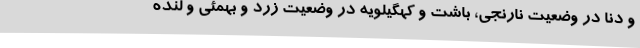
و دنا در وضعیت نارنجی، باشت و کهگیلویه در وضعیت زرد و بهمئی و لنده